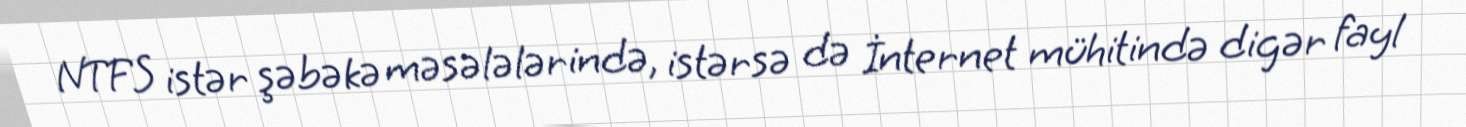
NTFS istər şəbəkə məsələlərində, istərsə də İnternet mühitində digər fayl